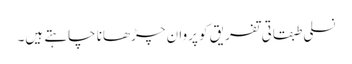
نسلی طبقاتی تفریق کو پروان چڑھانا چاہتے ہیں۔